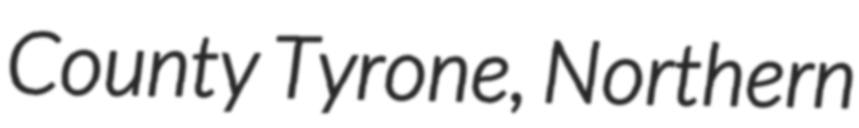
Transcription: County Tyrone, Northern